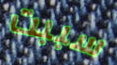
سببت